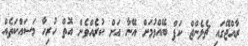
ރާއްޖޭގައި ޗެލެންޖް ކަޕް ބޭއްވުމަށް އޭނާ އަށް ކުރެއްވެން އޮތް ހުރިހާ މަސައްކަތެއް